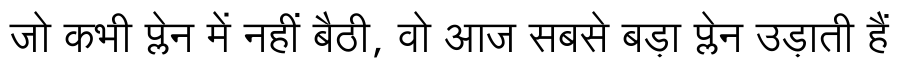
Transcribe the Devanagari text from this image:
जो कभी प्लेन में नहीं बैठी, वो आज सबसे बड़ा प्लेन उड़ाती हैं